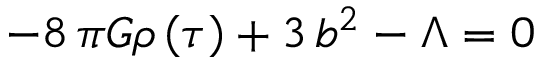
- 8 \, \pi G \rho \left( { \tau } \right) + 3 \, b ^ { 2 } - \Lambda = 0